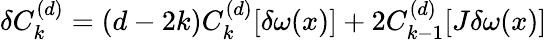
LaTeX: \delta C_{k}^{(d)}=(d-2k)C_{k}^{(d)}[\delta\omega(x)]+2C_{k-1}^{(d)}[J\delta\omega(x)]